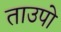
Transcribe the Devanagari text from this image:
ताउपो